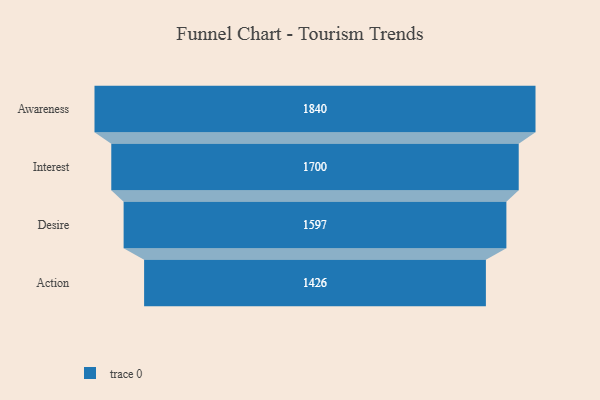
{"axis": {"x": "Stage", "y": "Value"}, "legend": [""], "data": [{"x": "Awareness", "y": 1840.0, "type": ""}, {"x": "Interest", "y": 1700.0, "type": ""}, {"x": "Desire", "y": 1597.0, "type": ""}, {"x": "Action", "y": 1426.0, "type": ""}]}